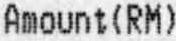
AMOUNT (RM)